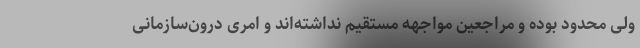
ولی محدود بوده و مراجعین مواجهه مستقیم نداشته‌اند و امری درون‌سازمانی